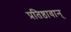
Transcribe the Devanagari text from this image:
प्रतिष्ठावान्